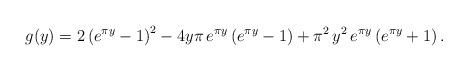
LaTeX: \begin{align*}g(y)=2\left(e^{\pi y}-1\right)^2-4y\pi\, e^{\pi y}\left(e^{\pi y}-1\right)+\pi^2\,y^2\,e^{\pi y}\left(e^{\pi y}+1\right).\end{align*}